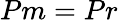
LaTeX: Pm=Pr